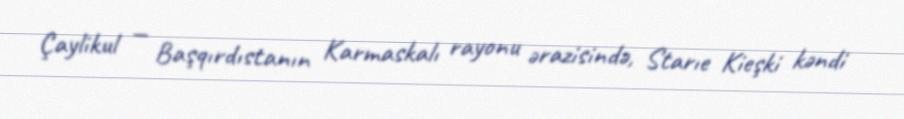
Çaylikul — Başqırdıstanın Karmaskalı rayonu ərazisində, Starıe Kieşki kəndi